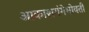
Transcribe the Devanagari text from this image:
आकाशगंगेभोवती